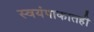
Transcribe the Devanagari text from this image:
स्वयंपाकातही